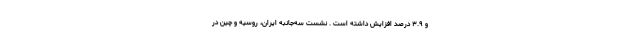
و ۳.۹ درصد افزایش داشته است . نشست سه‌جانبه ایران، روسیه و چین در